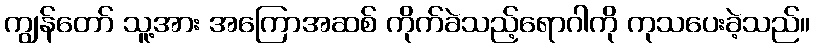
ကျွန်တော် သူ့အား အကြောအဆစ် ကိုက်ခဲသည့်ရောဂါကို ကုသပေးခဲ့သည်။